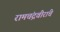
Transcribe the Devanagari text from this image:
रामचंद्रवीरांचे